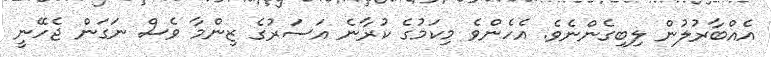
އެއްބާރުލުން ލިބިގެންނެވެ. އެހެންވެ މިކަމުގެ ކުރާނެ އަސަރުގެ ޒިންމާ ވެސް ނަގަން ޖެހޭނީ